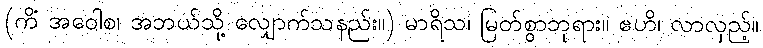
(ကိံ အဝေါစ၊ အဘယ်သို့ လျှောက်သနည်း။) မာရိသ၊ မြတ်စွာဘုရား။ ဧဟိ၊ လာလှည့်။